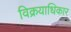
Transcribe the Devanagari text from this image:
विक्रयाधिकार